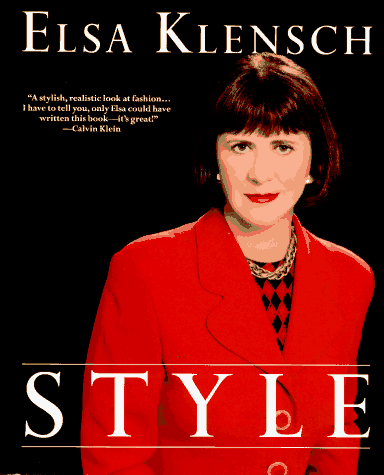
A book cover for Style; Elsa Klensch; Business & Money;